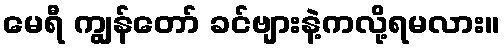
မေရီ ကျွန်တော် ခင်ဗျားနဲ့ကလို့ရမလား။